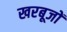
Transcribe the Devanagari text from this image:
खरबूजों